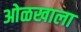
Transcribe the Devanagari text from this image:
ओळखाला